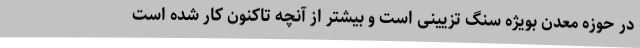
در حوزه معدن بویژه سنگ تزیینی است و بیشتر از آنچه تاکنون کار شده است